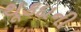
થૂકદાની